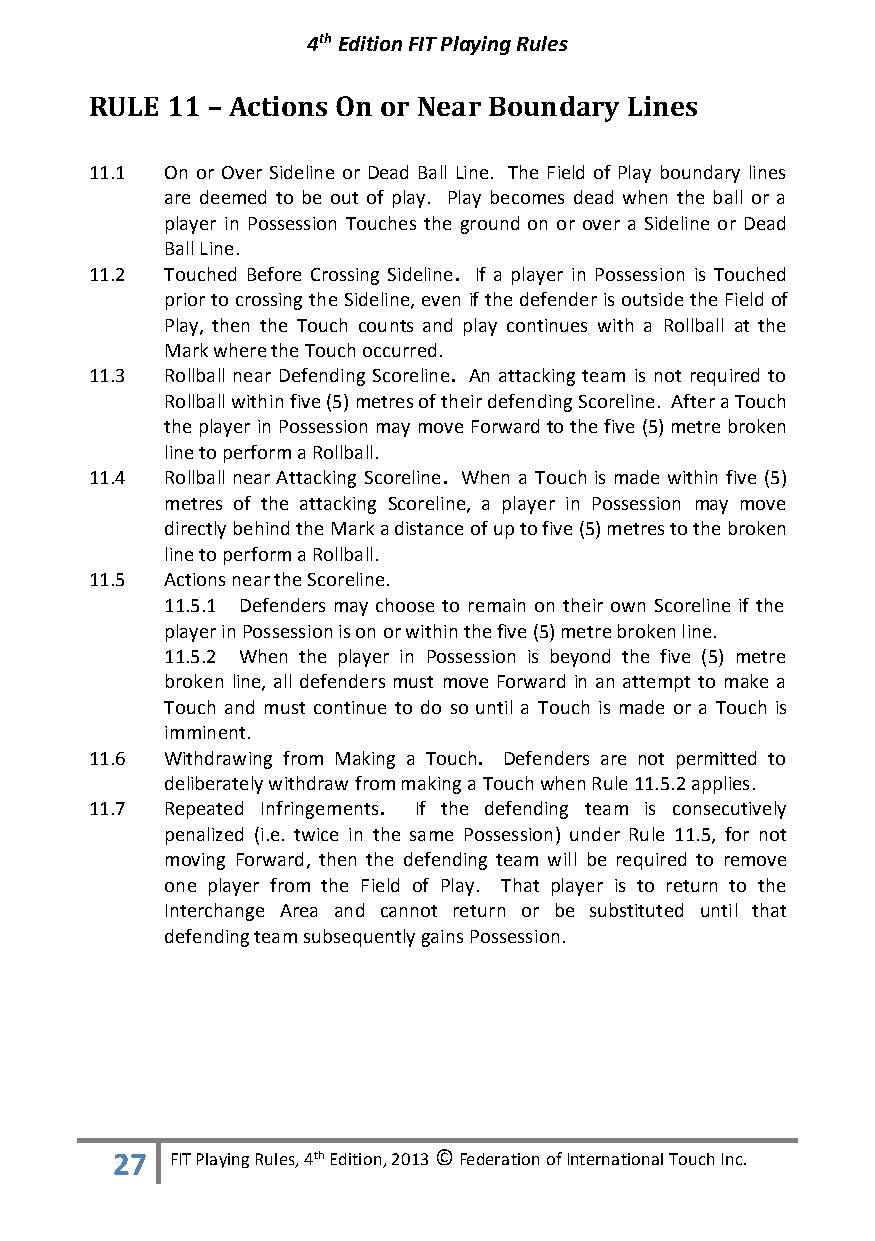
4th Edition FIT Playing Rules
 RULE 11 – Actions On or Near Boundary Lines
 11.1 On or Over Sideline or Dead Ball Line. The Field of Play boundary lines
 are deemed to be out of play. Play becomes dead when the ball or a
 player in Possession Touches the ground on or over a Sideline or Dead
 Ball Line.
 11.2 Touched Before Crossing Sideline. If a player in Possession is Touched
 prior to crossing the Sideline, even if the defender is outside the Field of
 Play, then the Touch counts and play continues with a Rollball at the
 Mark where the Touch occurred.
 11.3 Rollball near Defending Scoreline. An attacking team is not required to
 Rollball within five (5) metres of their defending Scoreline. After a Touch
 the player in Possession may move Forward to the five (5) metre broken
 line to perform a Rollball.
 11.4 Rollball near Attacking Scoreline. When a Touch is made within five (5)
 metres of the attacking Scoreline, a player in Possession may move
 directly behind the Mark a distance of up to five (5) metres to the broken
 line to perform a Rollball.
 11.5 Actions near the Scoreline.
 11.5.1 Defenders may choose to remain on their own Scoreline if the
 player in Possession is on or within the five (5) metre broken line.
 11.5.2 When the player in Possession is beyond the five (5) metre
 broken line, all defenders must move Forward in an attempt to make a
 Touch and must continue to do so until a Touch is made or a Touch is
 imminent.
 11.6 Withdrawing from Making a Touch. Defenders are not permitted to
 deliberately withdraw from making a Touch when Rule 11.5.2 applies.
 11.7 Repeated Infringements. If the defending team is consecutively
 penalized (i.e. twice in the same Possession) under Rule 11.5, for not
 moving Forward, then the defending team will be required to remove
 one player from the Field of Play. That player is to return to the
 Interchange Area and cannot return or be substituted until that
 defending team subsequently gains Possession.
 27  FIT Playing Rules, 4th Edition, 2013 © Federation of International Touch Inc.